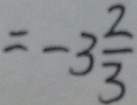
= - 3 \frac { 2 } { 3 }